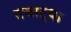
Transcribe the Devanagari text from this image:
तयाऱ्या